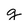
Character: g